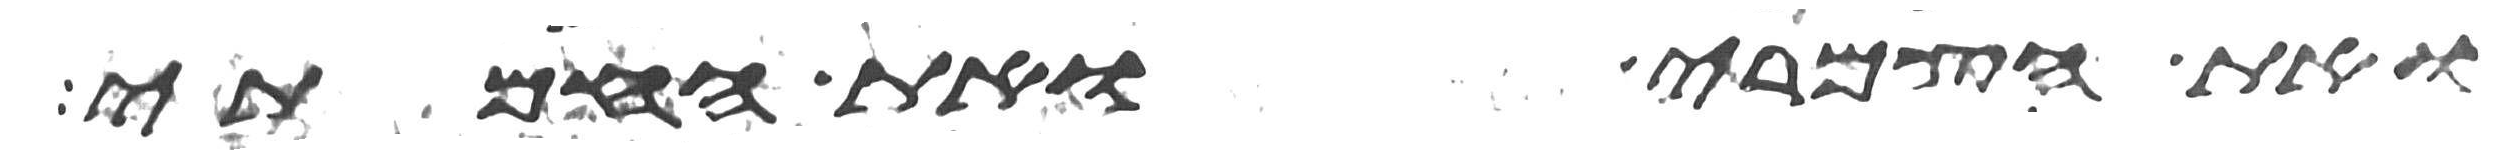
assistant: ואת הצמרי ואת החמתי